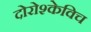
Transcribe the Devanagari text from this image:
दोरोश्केविच